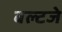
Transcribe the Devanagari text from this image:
बल्टजे